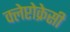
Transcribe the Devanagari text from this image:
क्लेप्टोक्रेसी